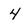
Character: 4